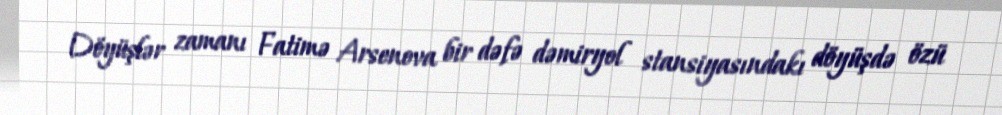
Döyüşlər zamanı Fatimə Arsenova bir dəfə dəmiryol stansiyasındakı döyüşdə özü